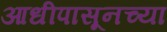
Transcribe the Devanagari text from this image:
आधीपासूनच्या